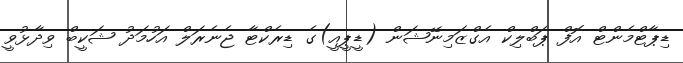
ޑިޕާޓްމެންޓް އޮފް ޕަބްލިކް އެގްޒަމިނޭޝަން (ޑީޕީއީ)ގެ ޑިރެކްޓާ ޖެނެރަލް އަހުމަދު ޝަކީބް ވިދާޅުވީ